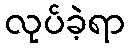
လုပ်ခဲ့ရာ